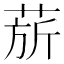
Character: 𬝅